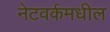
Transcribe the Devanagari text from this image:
नेटवर्कमधील